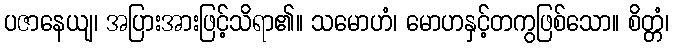
ပဇာနေယျ၊ အပြားအားဖြင့်သိရာ၏။ သမောဟံ၊ မောဟနှင့်တကွဖြစ်သော။ စိတ္တံ၊